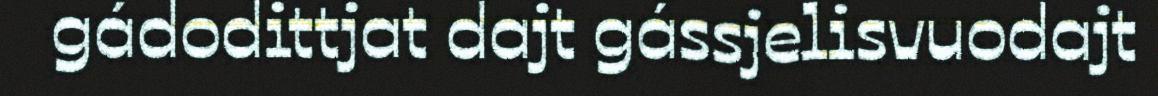
gádodittjat dajt gássjelisvuodajt